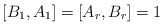
\begin{align*}[B_{1}, A_{1}] = [A_{r}, B_{r}] = 1\end{align*}